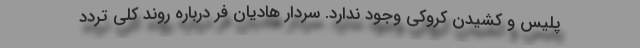
پلیس و کشیدن کروکی وجود ندارد. سردار هادیان فر درباره روند کلی تردد